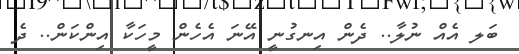
ބަލ އެއް ނުލާ.. ދެން އިނގުނީ އޭނަ އެހެން މީހަކާ އިންކަން.. ދެ